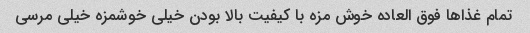
تمام غذاها فوق العاده خوش مزه با کیفیت بالا بودن خیلی خوشمزه خیلی مرسی